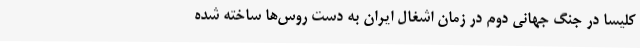
کلیسا در جنگ جهانی دوم در زمان اشغال ایران به دست روس‌ها ساخته شده